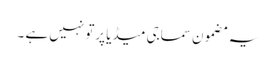
یہ مضمون سماجی میڈیا پرتو نہیں ہے ۔